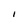
Character: I